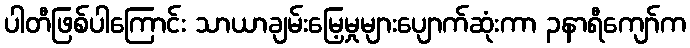
ပါတီဖြစ်ပါကြောင်း သာယာချမ်းမြေ့မှုများပျောက်ဆုံးကာ ၃နာရီကျော်က